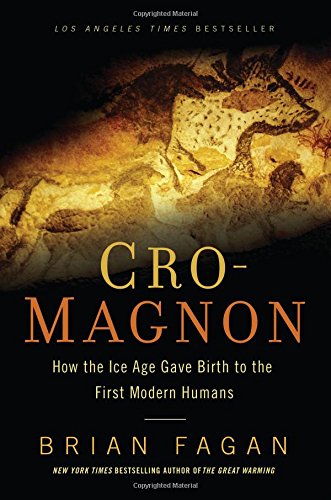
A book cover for Cro-Magnon: How the Ice Age Gave Birth to the First Modern Humans; Brian Fagan; History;